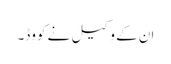
ان کے وکیل نے کووِڈ۔